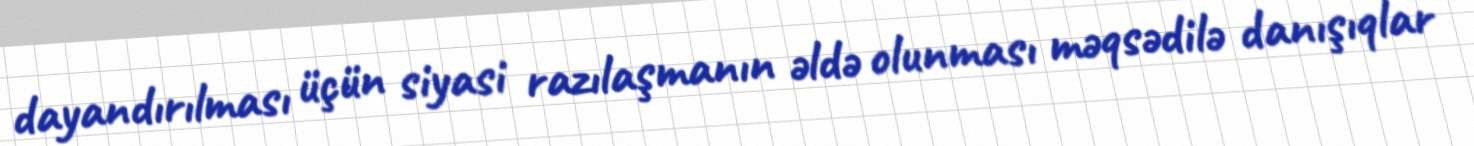
dayandırılması üçün siyasi razılaşmanın əldə olunması məqsədilə danışıqlar